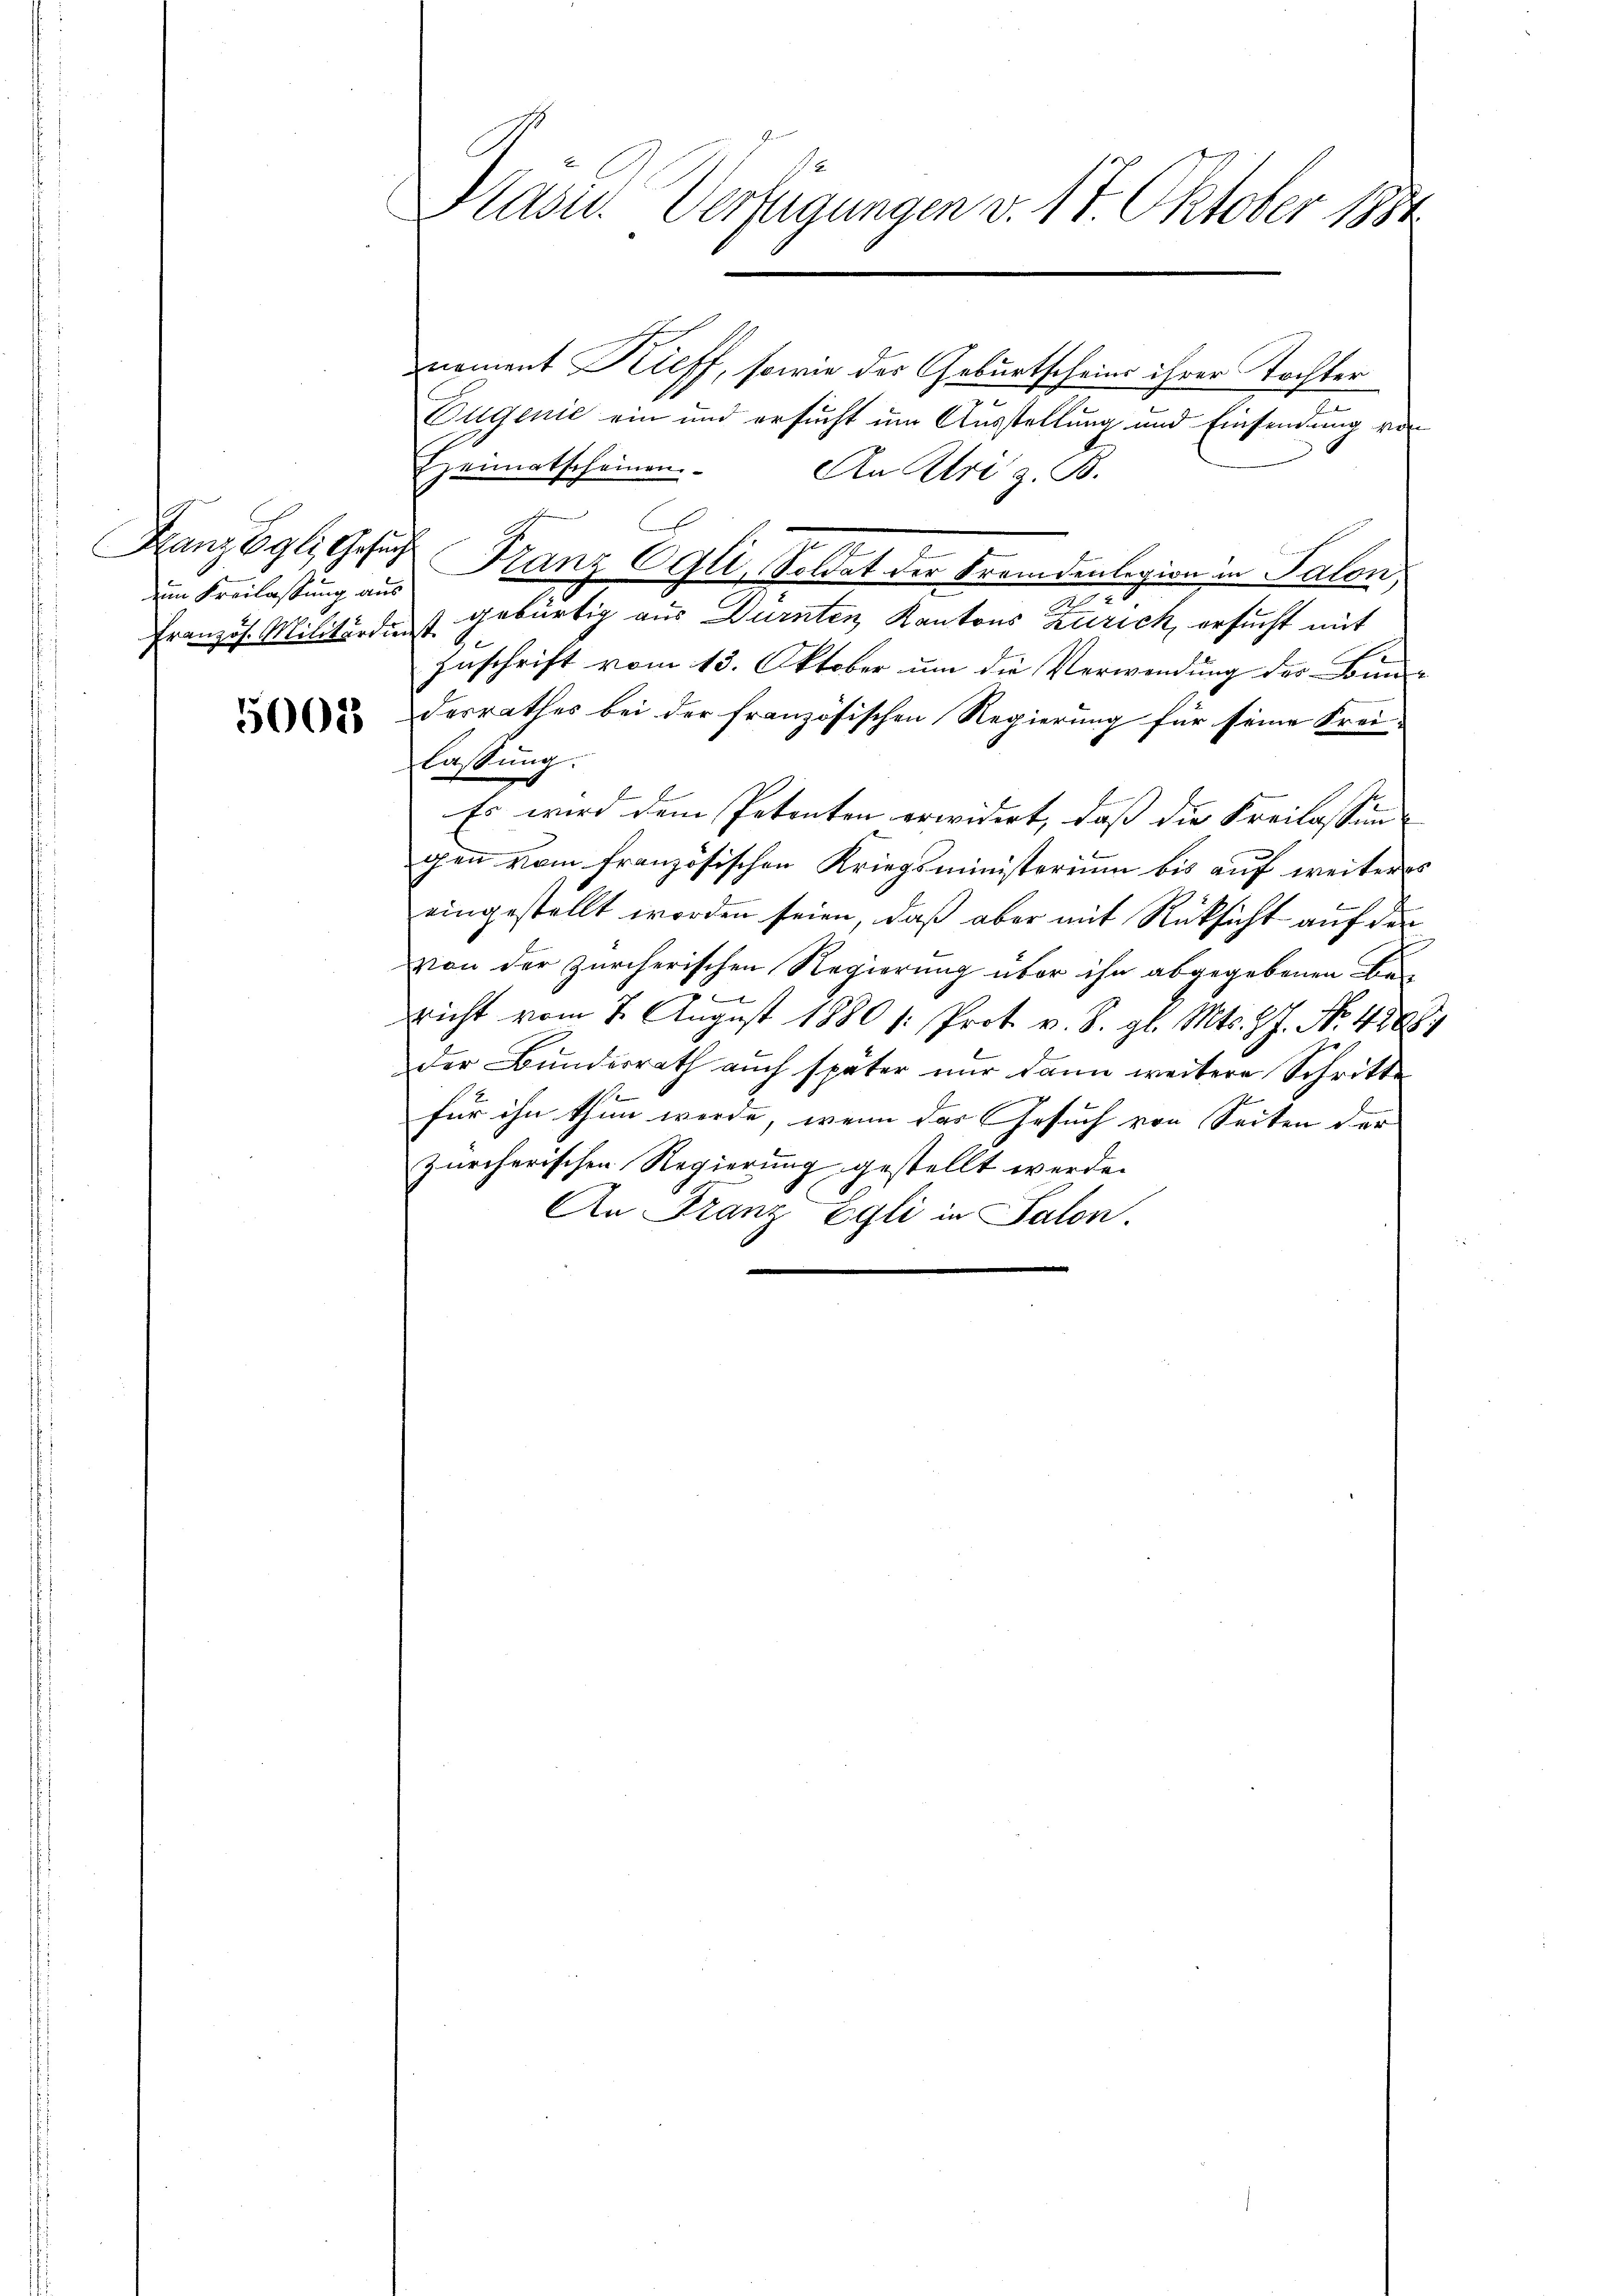
dem Kreilassung aus

50018

Prasis. Verfügungen v. 17. Oktober 1994

noment Kieff, sowie der Geburtscheins ihrer Tochter
Eugenie ein und ersucht um Ausstellung und Einsendung von
eimatscheinen.
An Uri z. B.

Französ. Militärdies gebürtig aus Dürnten Kantons Zürich, ersucht mit
Ge
Zuschrift vom 13. Oktober um die Verwendung der Bun
derrathes bei der französischen Regierung für seine Frei-
lassung.
¬
Es wird dem Petenten erwidert, dass die Freilassung |
gen vom französischen Kriegsministerium bis auf weiteres
eingestellt worden seien, daß aber mit Rücksicht auf den
von der zürcherischen Regierung über ihn abgegebenen Be-
nicht vom 7. Aŭgust 1880 /: Prot. v. 8. gl. Mts. Z. J. Nr. 4248
der Bundesrath auch später nur dann weitere Schritte
für ihn thun werde, wenn das Gesuch von Seiten der
zürcherischen Regierung gestellt werde.
An Franz Egli in Salon.

C
Franzbgli, Gesucht Franz Ogli, Soldat der Fremdenlegion in Salon,